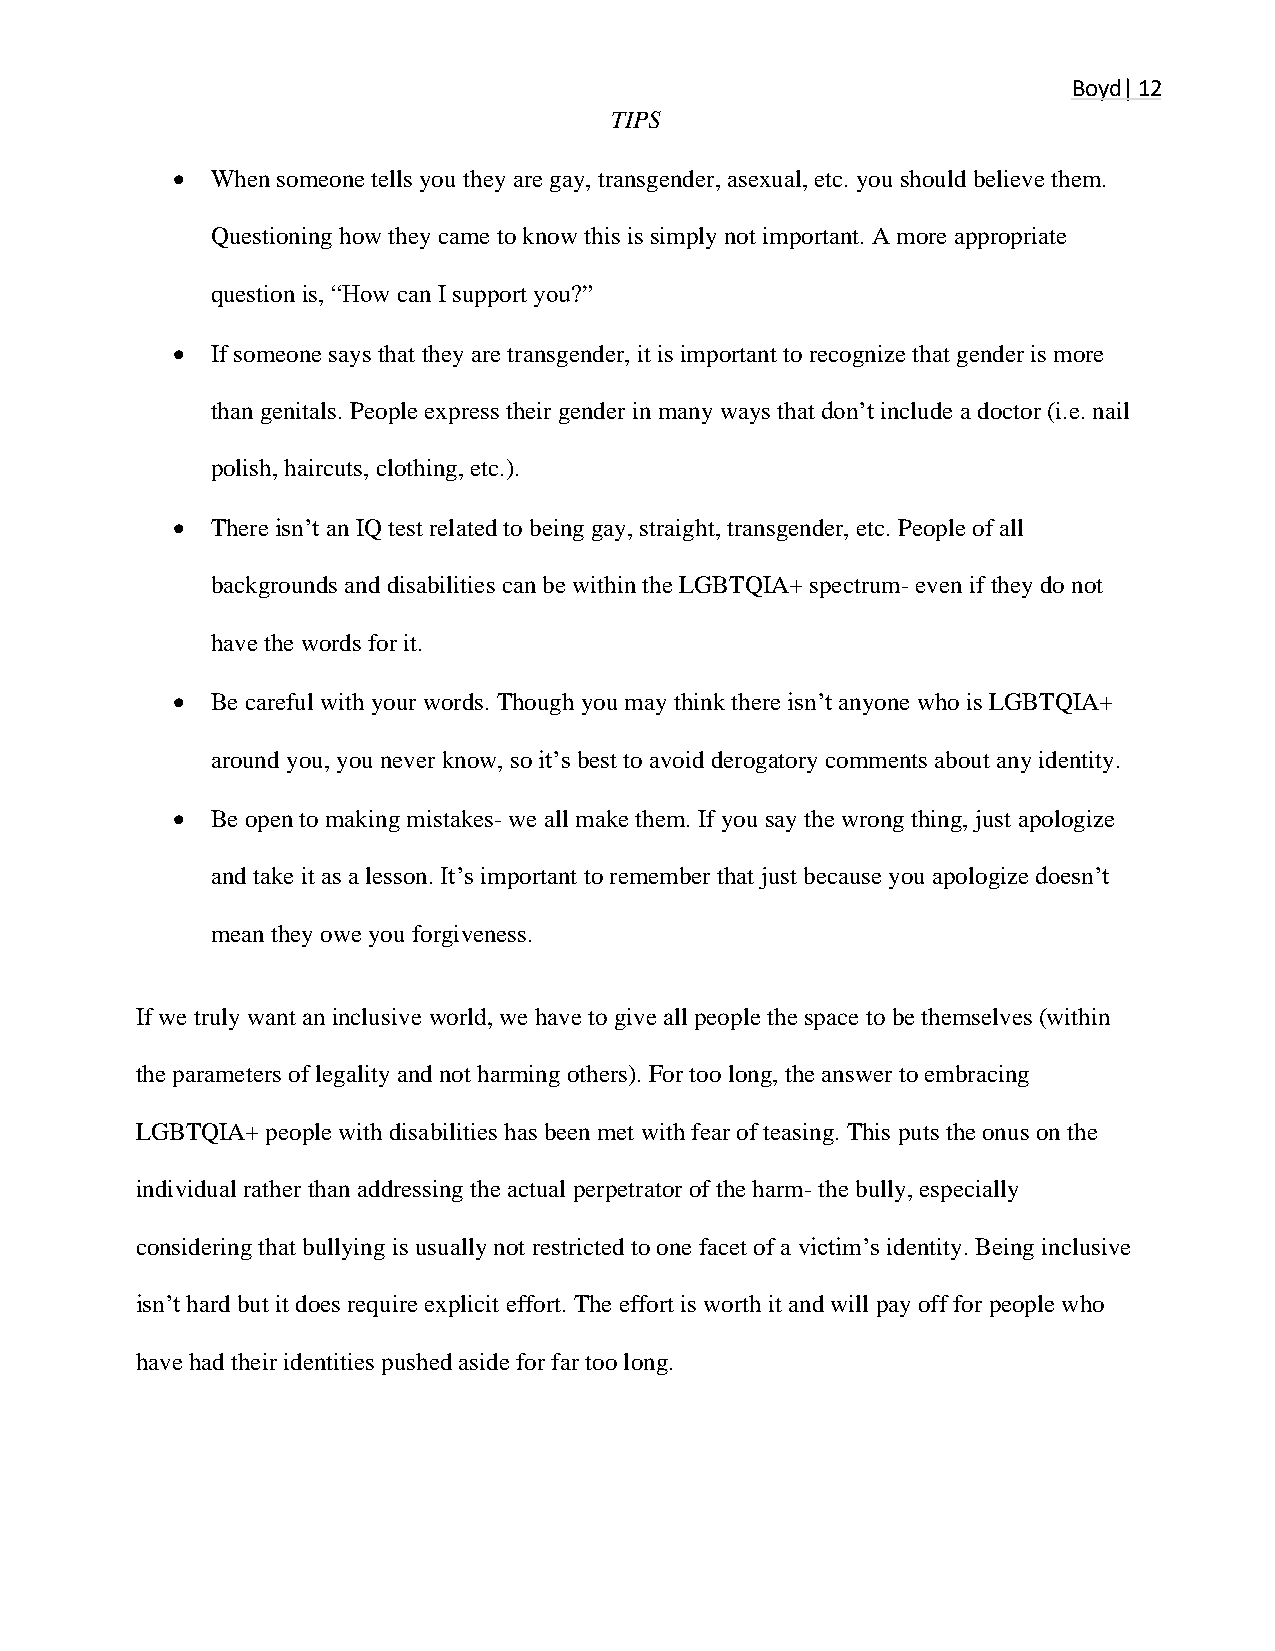
Boyd| 12
 TIPS
 •  When someone tells you they are gay, transgender, asexual, etc. you should believe them.
 Questioning how they came to know this is simply not important. A more appropriate
 question is, “How can I support you?”
 •  If someone says that they are transgender, it is important to recognize that gender is more
 than genitals. People express their gender in many ways that don’t include a doctor (i.e. nail
 polish, haircuts, clothing, etc.).
 •  There isn’t an IQ test related to being gay, straight, transgender, etc. People of all
 backgrounds and disabilities can be within the LGBTQIA+ spectrum- even if they do not
 have the words for it.
 •  Be careful with your words. Though you may think there isn’t anyone who is LGBTQIA+
 around you, you never know, so it’s best to avoid derogatory comments about any identity.
 •  Be open to making mistakes- we all make them. If you say the wrong thing, just apologize
 and take it as a lesson. It’s important to remember that just because you apologize doesn’t
 mean they owe you forgiveness.
 If we truly want an inclusive world, we have to give all people the space to be themselves (within
 the parameters of legality and not harming others). For too long, the answer to embracing
 LGBTQIA+ people with disabilities has been met with fear of teasing. This puts the onus on the
 individual rather than addressing the actual perpetrator of the harm- the bully, especially
 considering that bullying is usually not restricted to one facet of a victim’s identity. Being inclusive
 isn’t hard but it does require explicit effort. The effort is worth it and will pay off for people who
 have had their identities pushed aside for far too long.